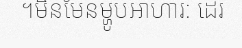
។មិនមែនម្ហូបអាហារ: ដេរ